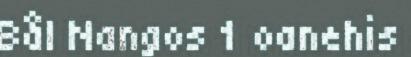
Bål Nangos 1 oanehis